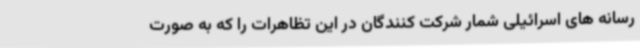
رسانه های اسرائیلی شمار شرکت کنندگان در این تظاهرات را که به صورت